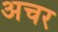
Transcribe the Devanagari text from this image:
अचर